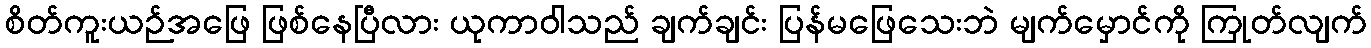
စိတ်ကူးယဉ်အဖြေ ဖြစ်နေပြီလား ယုကာဝါသည် ချက်ချင်း ပြန်မဖြေသေးဘဲ မျက်မှောင်ကို ကြုတ်လျက်